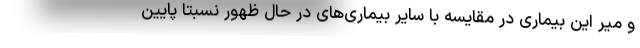
و میر این بیماری در مقایسه با سایر بیماری‌های در حال ظهور نسبتا پایین